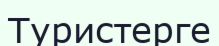
Туристерге